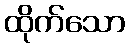
ထိုက်သော